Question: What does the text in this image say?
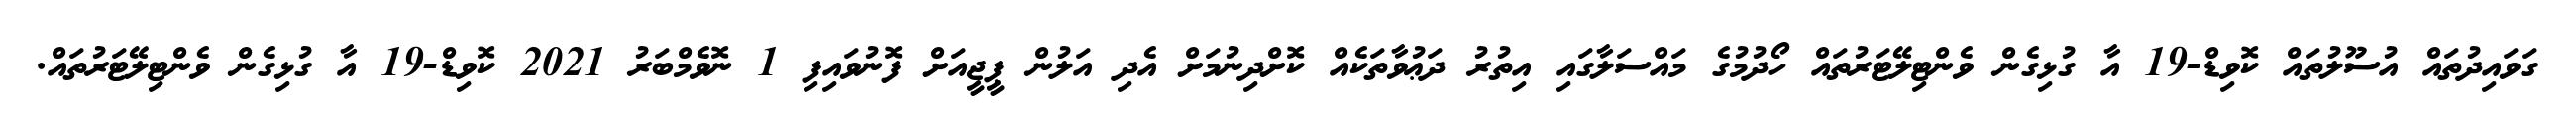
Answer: ގަވައިދުތައް އުސޫލުތައް ކޮވިޑް-19 އާ ގުޅިގެން ވެންޓިލޭޓަރުތައް ހޯދުމުގެ މައްސަލާގައި އިތުރު ދަޢުވާތަކެއް ކޮށްދިނުމަށް އެދި އަލުން ޕީޖީއަށް ފޮނުވައިފި 1 ނޮވެމްބަރު 2021 ކޮވިޑް-19 އާ ގުޅިގެން ވެންޓިލޭޓަރުތައް.